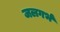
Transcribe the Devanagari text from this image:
जलगर्भ